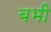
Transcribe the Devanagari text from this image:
बभी